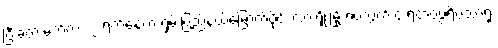
ပြီးခဲ့တဲ့ မတ်လ ၂၂ ရက်နေ့က ရှမ်းပြည်နယ်မြောက်ပိုင်း လားရှိုးမြို့ ရပ်ကွက် ၄ ရဲတပ်ဖွဲ့ရိပ်သာရုံး